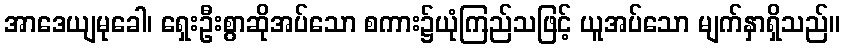
အာဒေယျမုခေါ၊ ရှေးဦးစွာဆိုအပ်သော စကား၌ယုံကြည်သဖြင့် ယူအပ်သော မျက်နှာရှိသည်။